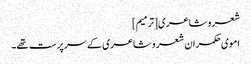
شعر و شاعری[ترمیم]
اموی حکمران شعر و شاعری کے سرپرست تھے۔